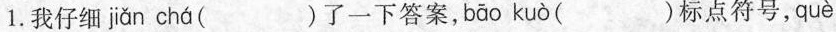
1.我仔细 ji ǎ n ch á ( )了一下答案，b ā o ku ò ( )标点符号，qu è